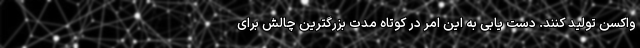
واکسن تولید کنند. دست یابی به این امر در کوتاه مدت بزرگترین چالش برای